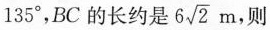
1 3 5 °$$，BC的长约是6\sqrt{2}m，则